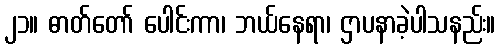
၂၁။ ဓာတ်တော် ပေါင်းကာ၊ ဘယ်နေရာ၊ ဌာပနာခဲ့ပါသနည်း။